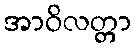
အာဝိလတ္တာ